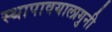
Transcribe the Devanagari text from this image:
स्थापावयालागुनी